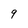
Character: 9